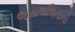
જયલલિતાની